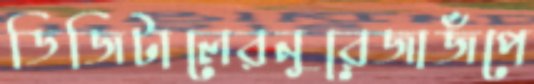
ডিজিটালেরনুরেজাজঁপে